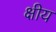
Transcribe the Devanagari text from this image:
क्षीय